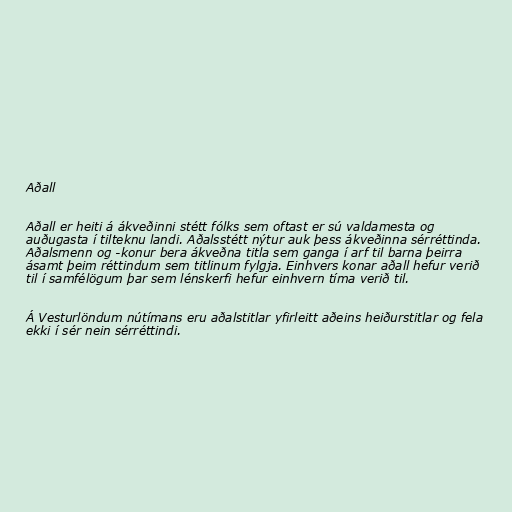
Aðall

Aðall er heiti á ákveðinni stétt fólks sem oftast er sú valdamesta og
auðugasta í tilteknu landi. Aðalsstétt nýtur auk þess ákveðinna sérréttinda.
Aðalsmenn og -konur bera ákveðna titla sem ganga í arf til barna þeirra
ásamt þeim réttindum sem titlinum fylgja. Einhvers konar aðall hefur verið
til í samfélögum þar sem lénskerfi hefur einhvern tíma verið til.

Á Vesturlöndum nútímans eru aðalstitlar yfirleitt aðeins heiðurstitlar og fela
ekki í sér nein sérréttindi.